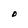
Character: O